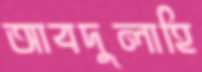
আবদুলাহি